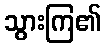
သွားကြ၏